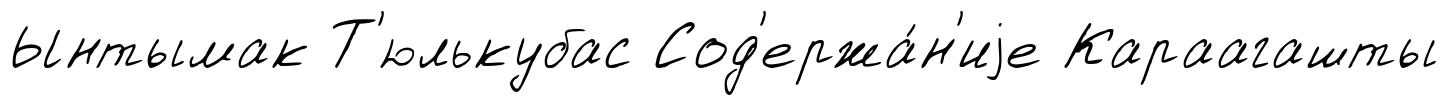
Ынтымак Т'юлькубас Сод'ержа́н'иjе Караагашты